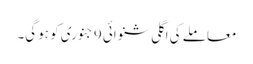
معاملے کی اگلی شنوائی 9 جنوری کو ہوگی۔